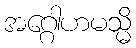
အဂ္ဂေါဟမသ္မိ